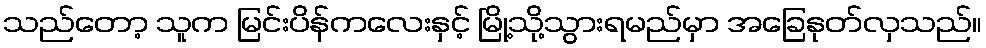
သည်တော့ သူက မြင်းပိန်ကလေးနှင့် မြို့သို့သွားရမည်မှာ အခြေနုတ်လှသည်။